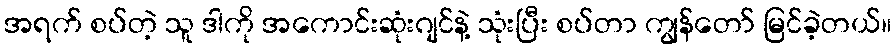
အရက် စပ်တဲ့ သူ ဒါကို အကောင်းဆုံးဂျင်နဲ့ သုံးပြီး စပ်တာ ကျွန်တော် မြင်ခဲ့တယ်။